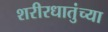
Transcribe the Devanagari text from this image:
शरीरधातुंच्या